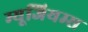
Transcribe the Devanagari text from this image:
म्यूजियम्स